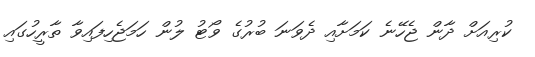
ކުރިއަށް ދާން ޖެހޭނެ ކަމަށާއި ދެވަނަ ބުރުގެ ވޯޓު ލުން ހަމަޖެހިފައިވާ ތާރީހުގައި